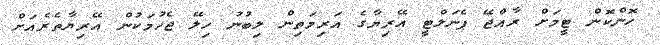
ހޮންކޮން ޓީމަށް ރާއްޖޭ ޕެނަލްޓީ އޭރިޔާގެ އަރިމަތިން ލިބުނު ހިލޭ ޖެހުމަކުން އޭރިޔާތެރެއަށް